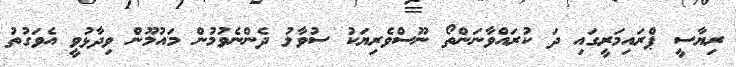
ރިޔާސީ ޕްރައިމަރީގައި ދަ ކުރައްވާނަންތޯ ނޫސްވެރިޔަކު ސުވާލު ދެންނެވުމުން މައުމޫން ވިދާޅުވީ އެވަގުތު